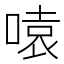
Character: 𪡫